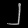
Digit: ၂